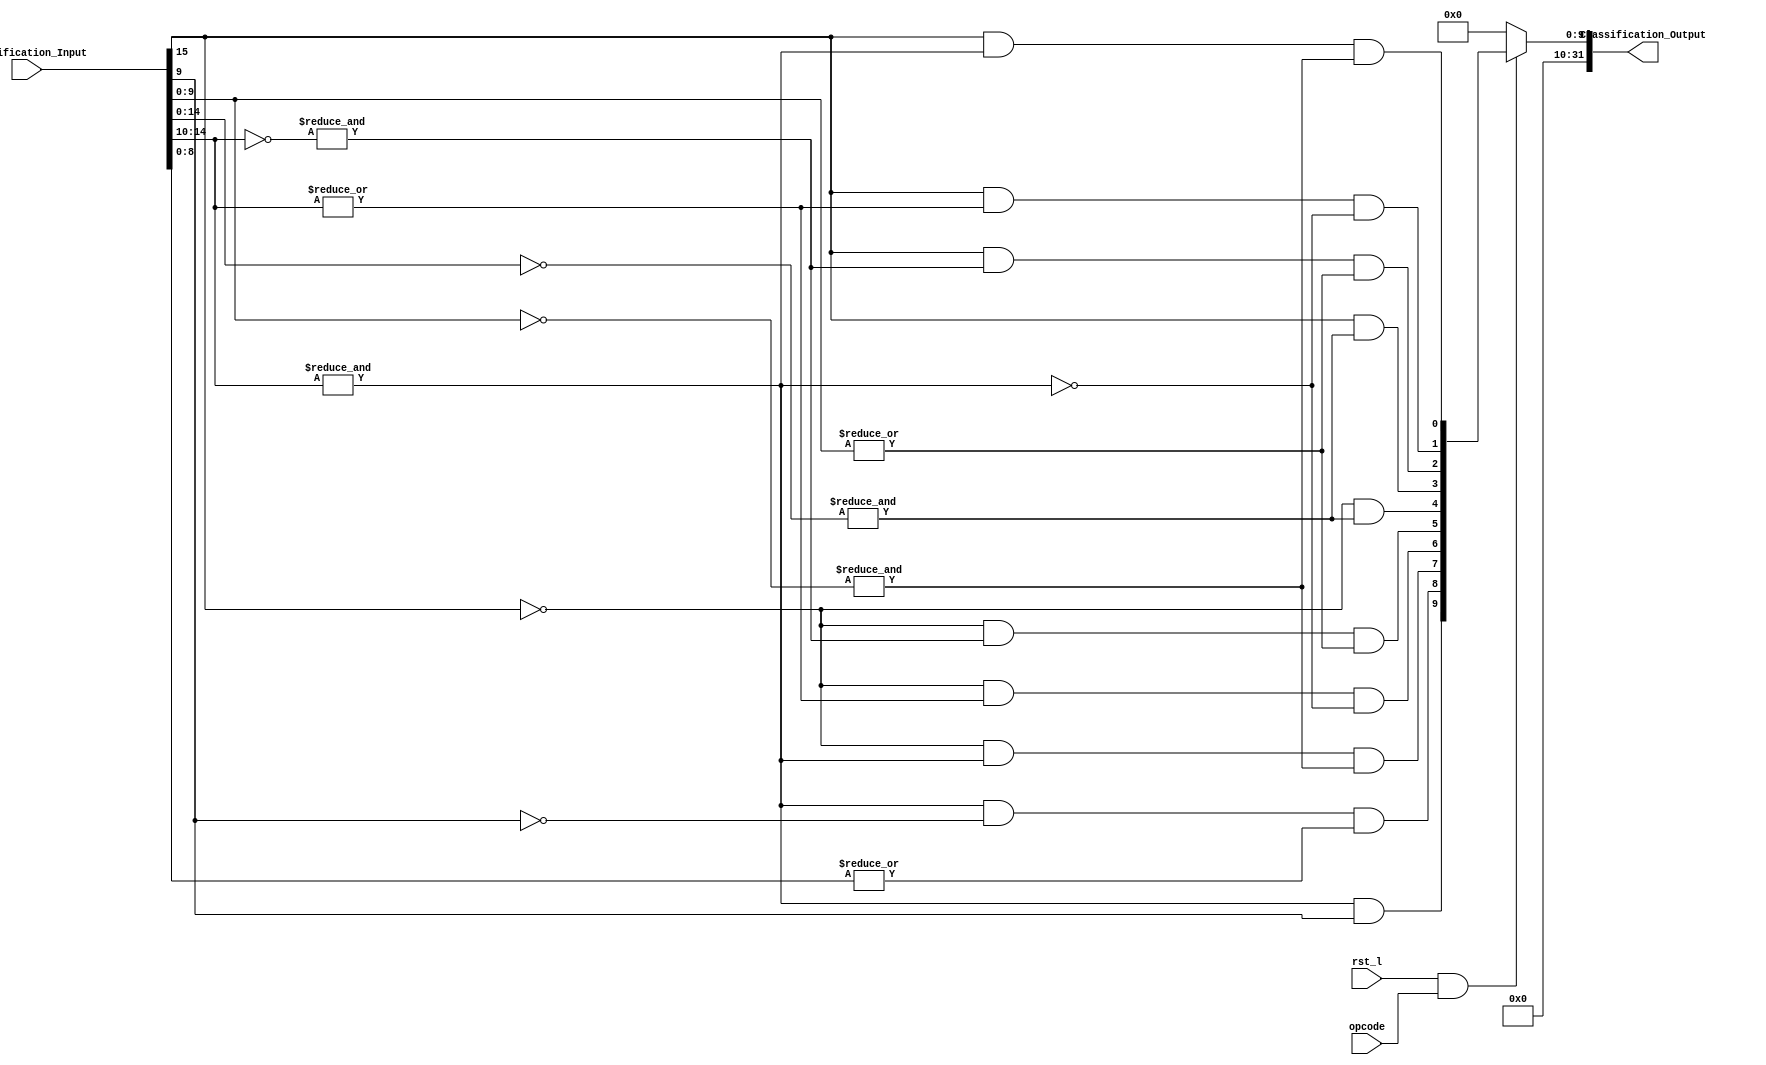
// Copyright 2023 MERL-DSU

// Licensed under the Apache License, Version 2.0 (the "License"); you may not use 
// this file except in compliance with the License. You may obtain a copy of the License at

//   http://www.apache.org/licenses/LICENSE-2.0

// Unless required by applicable law or agreed to in writing, software distributed under the 
// License is distributed on an "AS IS" BASIS, WITHOUT WARRANTIES OR CONDITIONS OF ANY KIND, 
// either express or implied. See the License for the specific language governing permissions 

module FPU_Fclass (Classification_Input,rst_l,Classification_Output,opcode);
  
  
  // Parameters
  parameter Std = 15; // Std = Std - 1
  parameter Man = 9; // Mantissa  
  
  // Inputs 
  input [Std:0] Classification_Input;
  input rst_l;
  input opcode;

  // Outputs
   output [31:0] Classification_Output;

  //wires
  wire Classification_Qnan_Output,Classification_Snan_Output,Classification_Pos_Infinity_Output,Classification_Pos_Normal_Output, Classification_Pos_Subnormal_Output,Classification_Pos_Zero_Output,Classification_Neg_Zero_Output,Classification_Neg_Subnormal_Output,Classification_Neg_Normal_Output,Classification_Neg_Infinity_Output; 



  // Check to see if reset is either high or low
  assign Classification_Output = (rst_l & opcode ) ? { {22{1'b0}},  Classification_Qnan_Output,Classification_Snan_Output,Classification_Pos_Infinity_Output,Classification_Pos_Normal_Output, Classification_Pos_Subnormal_Output,Classification_Pos_Zero_Output,Classification_Neg_Zero_Output,Classification_Neg_Subnormal_Output,Classification_Neg_Normal_Output,Classification_Neg_Infinity_Output} : {32{1'b0}};
  
  
  // -ve infinity
  assign Classification_Neg_Infinity_Output = Classification_Input[Std] & (&(Classification_Input[Std-1:Man+1])) & (&(~Classification_Input[Man:0])); 
  
  
  // +ve infinity
  assign Classification_Pos_Infinity_Output = ~Classification_Input[Std] & (&(Classification_Input[Std-1:Man+1])) & (&(~Classification_Input[Man:0]));
  
  
  // -ve 0
  assign Classification_Neg_Zero_Output = Classification_Input[Std] & (&(~Classification_Input[Std-1:0]));
  
  
  // +ve 0
  assign Classification_Pos_Zero_Output = ~Classification_Input[Std] & (&(~Classification_Input[Std-1:0]));
  
  
  // snan
  assign Classification_Snan_Output = &(Classification_Input[Std-1:Man+1]) & (~Classification_Input[Man]) & (|(Classification_Input[Man-1:0]));
  
  
  // qnan
  assign Classification_Qnan_Output = &(Classification_Input[Std-1:Man+1]) & Classification_Input[Man] ;
  
  
  // +ve normal 
  assign Classification_Pos_Normal_Output = ( (~Classification_Input[Std]) & ( |(Classification_Input[Std-1:Man+1]) )   ) & (~(& Classification_Input[Std-1:Man+1]))  ;

  
  // -ve normal
  assign Classification_Neg_Normal_Output =  ( (Classification_Input[Std]) & (|(Classification_Input[Std-1:Man+1]))  ) & (~(& Classification_Input[Std-1:Man+1])) ;
  
  
  // +ve subnormal
  assign Classification_Pos_Subnormal_Output = ~Classification_Input[Std] & (&(~Classification_Input[Std-1:Man+1])) & (|(Classification_Input[Man:0]));
  
  
  // -ve subnormal
  assign Classification_Neg_Subnormal_Output = Classification_Input[Std] & (&(~Classification_Input[Std-1:Man+1])) & (|(Classification_Input[Man:0]));
  
endmodule